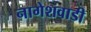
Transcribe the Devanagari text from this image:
नागेशवाडी